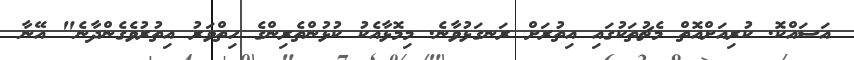
އަސައްކޮ. ކުރިއަށްއޮތް މެޗުތަކުގައި އިތުރަށް ރަނގަޅުވާނެ. މިމޮޅާއެކު ކުޅުންތެރިންގެ ހިތްވަރު އިތުރުވެގެންދާނެ" އޭނާ